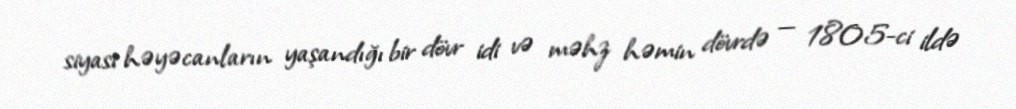
siyasi həyəcanların yaşandığı bir dövr idi və məhz həmin dövrdə — 1805-ci ildə